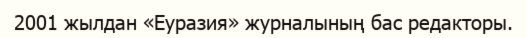
2001 жылдан «Еуразия» журналының бас редакторы.